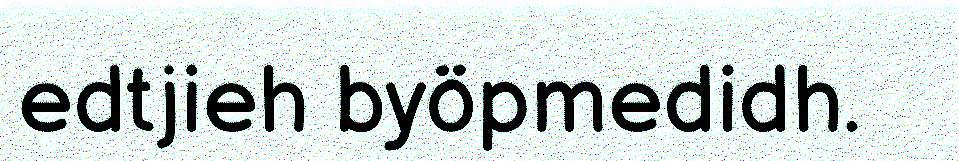
edtjieh byöpmedidh.